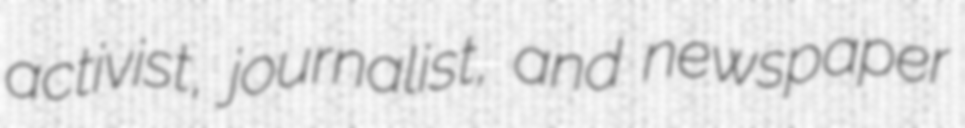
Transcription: activist, journalist, and newspaper